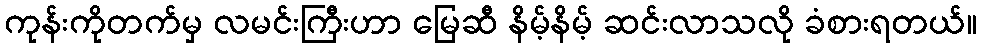
ကုန်းကိုတက်မှ လမင်းကြီးဟာ မြေဆီ နိမ့်နိမ့် ဆင်းလာသလို ခံစားရတယ်။